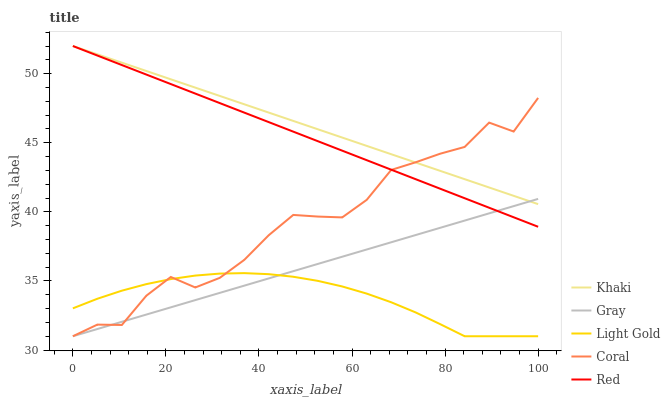
| xaxis_label | Khaki | Gray | Light Gold | Coral | Red |
 | --- | --- | --- | --- | --- | --- |
 | 0 | 52 | 31 | 33 | 31 | 52 |
 | 5.26 | 51.4 | 31.5 | 33.7 | 31.8 | 51.3 |
 | 10.5 | 50.8 | 32 | 34.3 | 31.8 | 50.6 |
 | 15.8 | 50.2 | 32.6 | 34.8 | 33.9 | 49.9 |
 | 21.1 | 49.6 | 33.1 | 35.1 | 35.3 | 49.2 |
 | 26.3 | 49 | 33.6 | 35.4 | 34.5 | 48.6 |
 | 31.6 | 48.4 | 34.1 | 35.5 | 35.2 | 47.9 |
 | 36.8 | 47.8 | 34.7 | 35.6 | 36.5 | 47.2 |
 | 42.1 | 47.2 | 35.2 | 35.5 | 38.3 | 46.5 |
 | 47.4 | 46.6 | 35.7 | 35.3 | 39.8 | 45.8 |
 | 52.6 | 46 | 36.2 | 35 | 39.7 | 45.1 |
 | 57.9 | 45.4 | 36.8 | 34.6 | 39.6 | 44.4 |
 | 63.2 | 44.8 | 37.3 | 34.1 | 40.9 | 43.7 |
 | 68.4 | 44.2 | 37.8 | 33.5 | 43 | 43.1 |
 | 73.7 | 43.6 | 38.3 | 32.7 | 43.6 | 42.4 |
 | 78.9 | 43 | 38.8 | 31.9 | 44.2 | 41.7 |
 | 84.2 | 42.4 | 39.4 | 31 | 44.7 | 41 |
 | 89.5 | 41.8 | 39.9 | 31 | 46.5 | 40.3 |
 | 94.7 | 41.2 | 40.4 | 31 | 45.8 | 39.6 |
 | 100 | 40.6 | 40.9 | 31 | 48.2 | 38.9 |